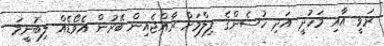
ރަވީ އާއި މަހުދީ އަދި ހުސެންގެ ފިލްމަށް ރާއްޖެއިން ބޭރުން އެވޯޑެއް ލިބުނީމަ